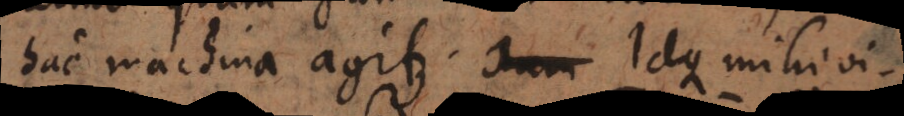
hac machina agitur. Idque mihi vi-